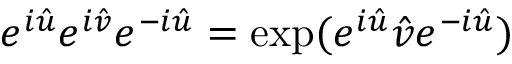
e ^ { i \hat { u } } e ^ { i \hat { v } } e ^ { - i \hat { u } } = \exp ( e ^ { i \hat { u } } \hat { v } e ^ { - i \hat { u } } )